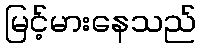
မြင့်မားနေသည်